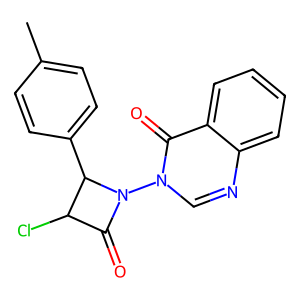
SMILES: Cc1ccc(C2C(Cl)C(=O)N2n2cnc3ccccc3c2=O)cc1
Inhibits HIV replication: No